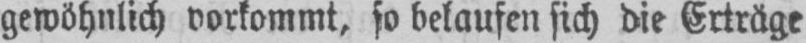
gewöhnlich vorkommt, so belaufen sich die Erträge